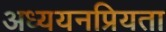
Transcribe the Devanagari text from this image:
अध्ययनप्रियता